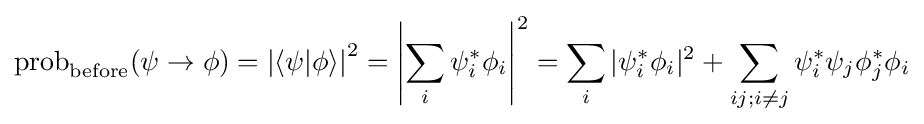
\operatorname {prob} _{\text{before}}(\psi \to \phi )=\left|\langle \psi |\phi \rangle \right|^{2}=\left|\sum _{i}\psi _{i}^{*}\phi _{i}\right|^{2}=\sum _{i}|\psi _{i}^{*}\phi _{i}|^{2}+\sum _{ij;i\neq j}\psi _{i}^{*}\psi _{j}\phi _{j}^{*}\phi _{i}